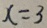
x = 3